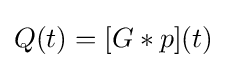
Q(t)=[G*p](t)